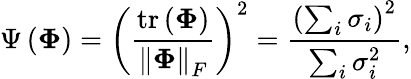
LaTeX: \Psi\left(\boldsymbol{\Phi}\right)=\left(\frac{\operatorname{tr}\left(\boldsymbol{\Phi}\right)}{\left\| \boldsymbol{\Phi}\right\| _{F}}\right)^{2}=\frac{\left(\sum_{i}\sigma_{i}\right)^{2}}{\sum_{i}\sigma_{i}^{2}},